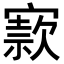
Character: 𡪡